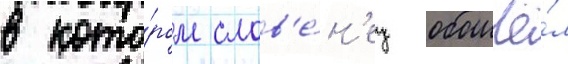
в кото́ром слов'е́н'ец обошё́л